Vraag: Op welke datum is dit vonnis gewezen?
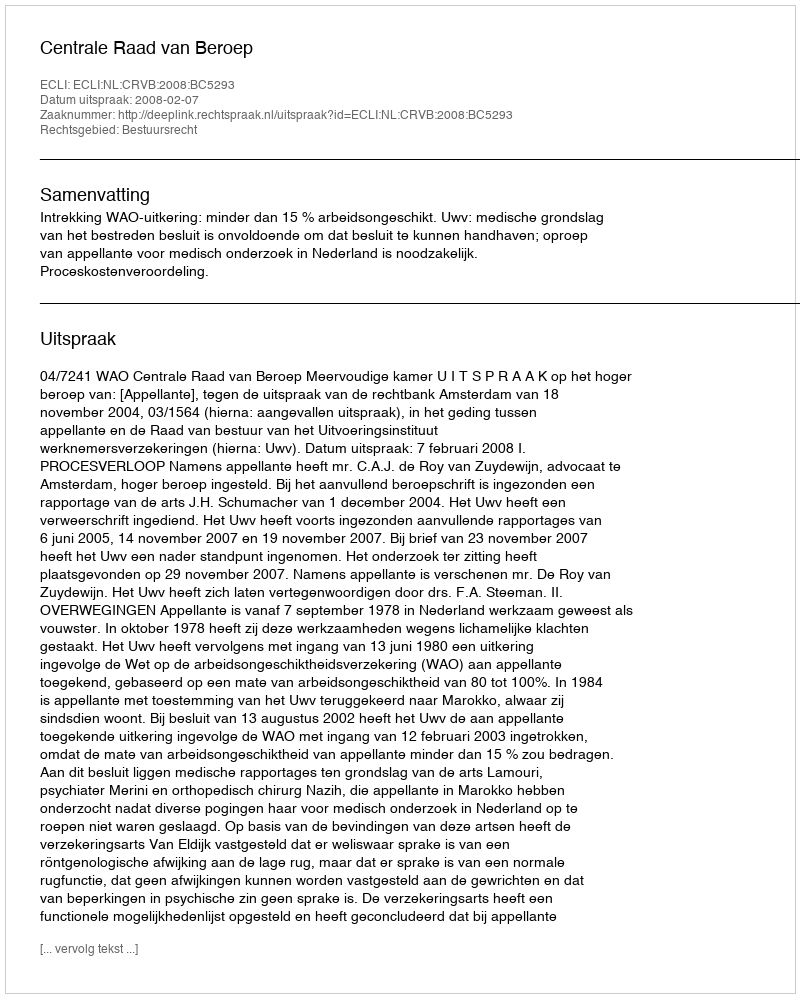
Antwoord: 2008-02-07